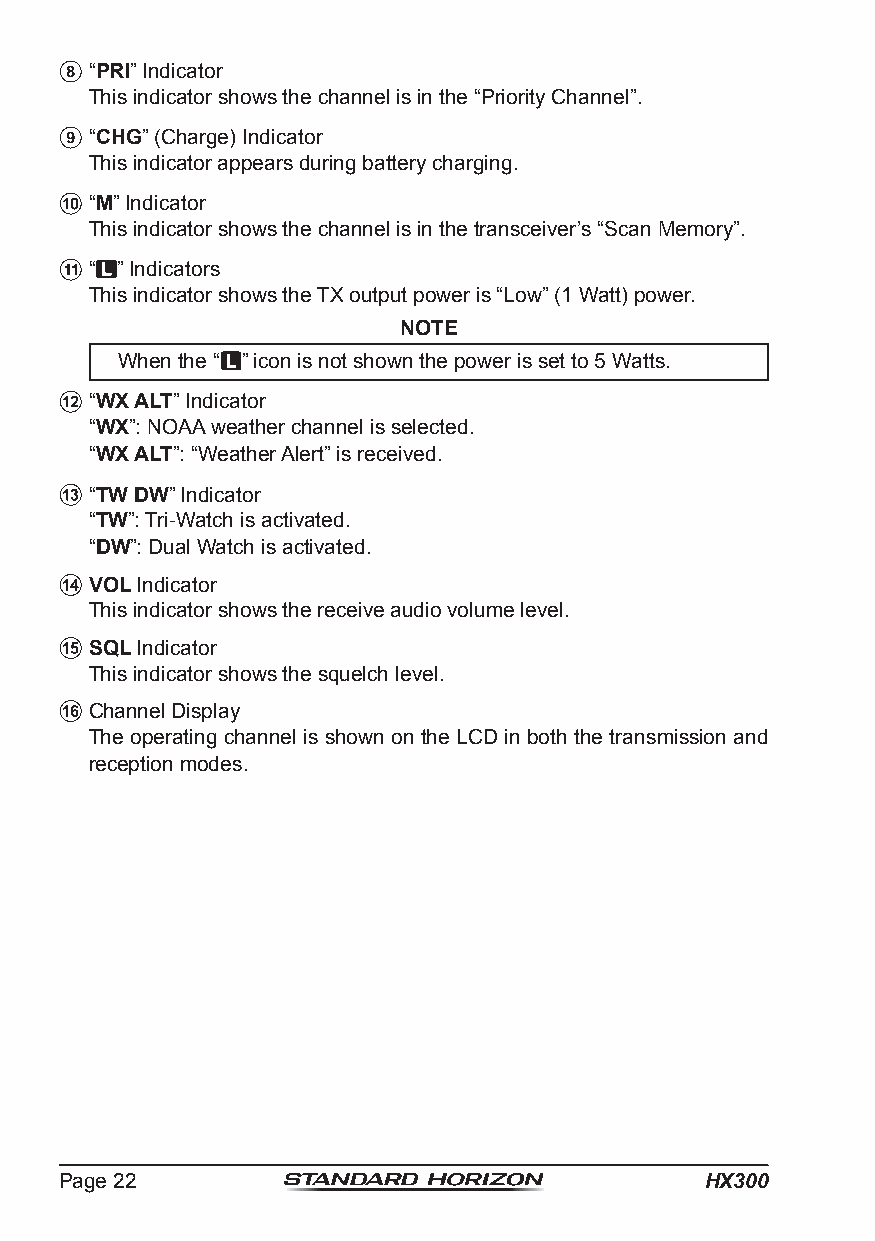
“PRI” Indicator
 This indicator shows the channel is in the “Priority Channel”.
 “CHG” (Charge) Indicator
 This indicator appears during battery charging.
 “M” Indicator
 This indicator shows the channel is in the transceiver’s “Scan Memory”.
 “ ” Indicators
 This indicator shows the TX output power is “Low” (1 Watt) power.
 NOTE
 When the “ ” icon is not shown the power is set to 5 Watts.
 “WX ALT” Indicator
 “WX”: NOAA weather channel is selected.
 “WX ALT”: “Weather Alert” is received.
 “TW DW” Indicator
 “TW”: Tri-Watch is activated.
 “DW”: Dual Watch is activated.
 VOL Indicator
 This indicator shows the receive audio volume level.
 SQL Indicator
 This indicator shows the squelch level.
 Channel Display
 The operating channel is shown on the LCD in both the transmission and
 reception modes.
 Page 22                                    HX300